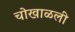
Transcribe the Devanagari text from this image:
चोखाळली